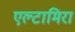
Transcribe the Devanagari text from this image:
एल्टामिरा